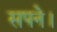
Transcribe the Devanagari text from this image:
सपने।